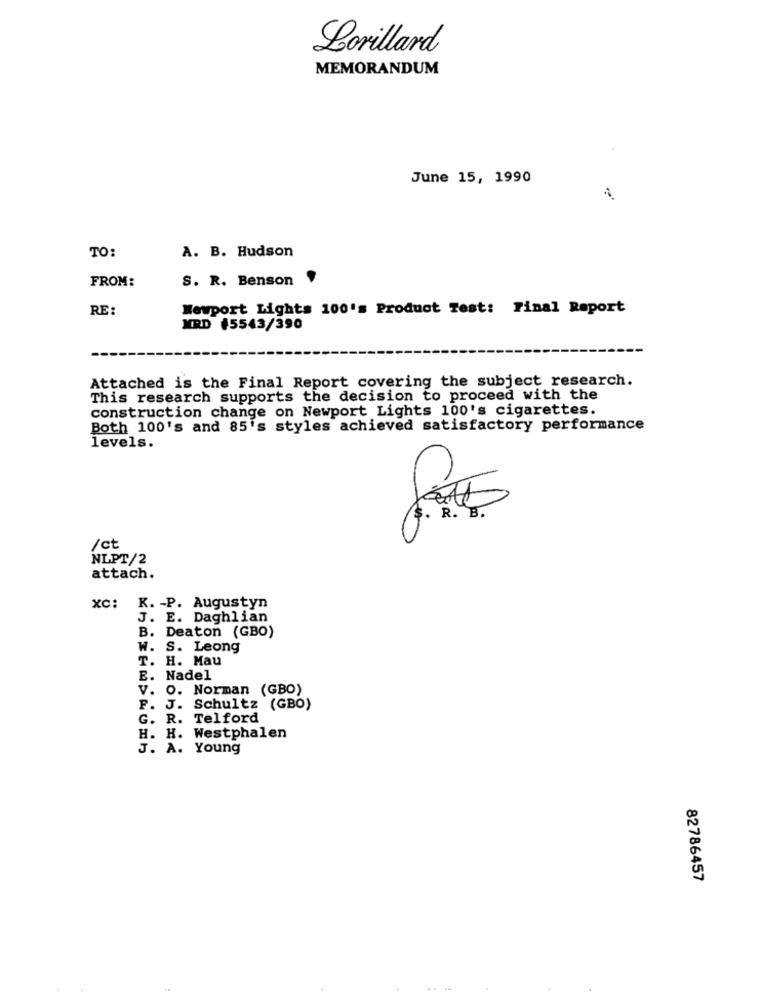
Lorillard
MEMORANDUM
June 15, 1990
A. B. Hudson
TO:
FROM:
S. R. Benson .
RE:
Newport Lights 100's Product Test: Final Report
MRD +5543/390
Attached is the Final Report covering the subject research.
This research supports the decision to proceed with the
construction change on Newport Lights 100's cigarettes.
Both 100's and 85's styles achieved satisfactory performance
levels.
$. R. B.
/ct
NLPT/2
attach.
K. - P. Augustyn
xc:
J. E. Daghlian
B. Deaton (GBO)
W. S. Leong
T. H. Mau
E.
Nadel
V. O. Norman (GBO)
F. J. Schultz (GBO)
G. R. Telford
H. H. Westphalen
J. A. Young
82786457
. .